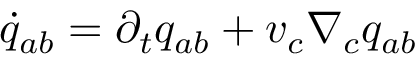
\dot { q } _ { a b } = \partial _ { t } q _ { a b } + v _ { c } \nabla _ { c } q _ { a b }